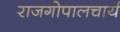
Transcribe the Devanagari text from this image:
राजगोपालचार्य